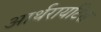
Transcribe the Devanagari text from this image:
आर्थरायटिस